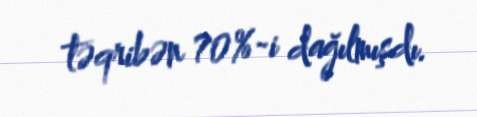
təqribən 70%-i dağılmışdı.